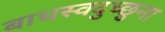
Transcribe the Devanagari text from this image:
बाधस्वदुच्छुना